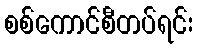
စစ်ကောင်စီတပ်ရင်း